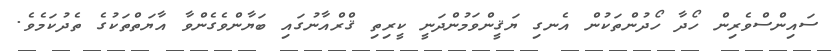
ސައިންސްވެރިން ހޯދާ ހޯދުންތަކުން އެނގި ޔަޤީންވަމުންދަނީ ކީރިތި ޤްރްއާނުގަައި ބަޔާންވެގެންވާ އާޔަތްތަކުގެ ތެދުކަމެވެ.